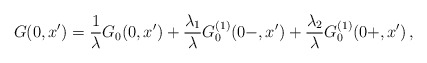
\begin{align*} G(0,x')=\frac{1}{\lambda}G_0(0,x')+\frac{\lambda_1}{\lambda}G_0^{(1)}(0-,x')+\frac{\lambda_2}{\lambda}G_0^{(1)}(0+,x')\,,\end{align*}